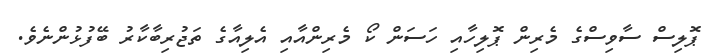
ޕޮލިސް ސާވިސްގެ މެރިން ޕޮލިހާއި ހަސަން ކޯ މެރިންއާއި އެލިއާގެ ތަޖުރިބާކާރު ބޭފުޅުންނެވެ.